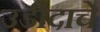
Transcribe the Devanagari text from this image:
उडीदाचे